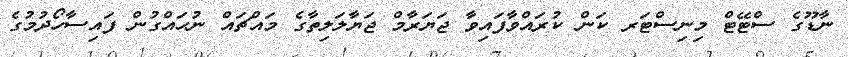
ނާޑޫގެ ސްޓޭޓް މިނިސްޓަރ ކަން ކުރައްވާފައިވާ ޖަޔަރާމް ޖަޔާލަލިތާގެ މައްޗައް ނުޙައްގުން ފައިސާހޯދުމުގެ